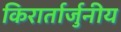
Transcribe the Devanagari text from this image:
किरार्तार्जुनीय